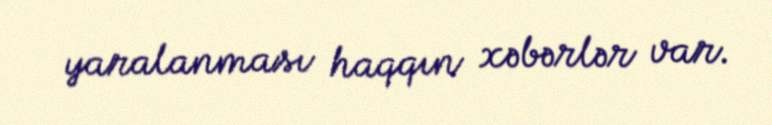
yaralanması haqqın xəbərlər var.